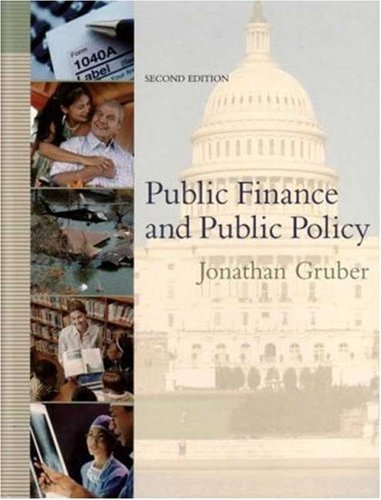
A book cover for Public Finance and Public Policy; Jonathan Gruber; Business & Money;